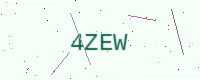
Text: 4ZEW